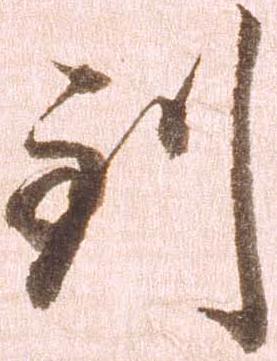
到